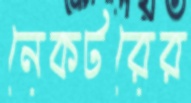
নেকটরের